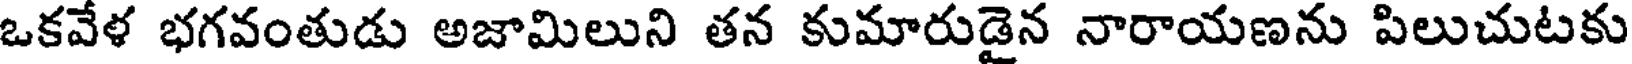
ఒకవేళ భగవంతుడు అజామిలుని తన కుమారుడైన నారాయణను పిలుచుటకు